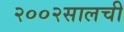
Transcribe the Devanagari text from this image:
२००२सालची